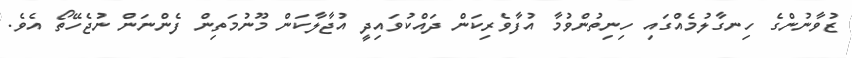
ޒުވާނުންގެ ހިނގާލުމެއްގައި ހިނިތުންވުމާ އުފާވެރިކަން ދައްކުވައިދީ އުޖާލާކަން މޫނުމަތިން ފެންނަން ނުޖެހޭތޯ އެވެ.